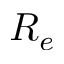
R _ { e }